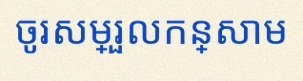
ចូរសម្រួលកន្សោម